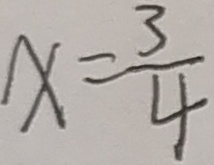
x = \frac { 3 } { 4 }